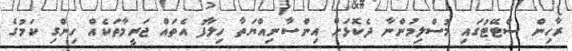
ރާހިން ސްޓޭޓުގައި މުސްލިމުންނާ ދެކޮޅަށް އިންސާނިއްޔަތާ ހިލާފު އެތައް ޖަރީމާތަކެއް ހިންގި ކަމުގެ